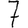
Digit: 7